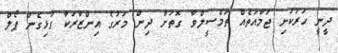
ދީނީ ހަރުކަށި ޖަމާއަތެއް ތަމްސީލްވާ ގޮތަށް ދިން މަރުގެ އިންޒާރަކާ ގުޅިގެން ޕޯލް